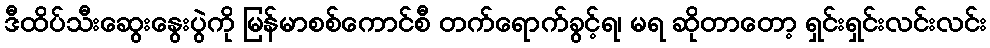
ဒီထိပ်သီးဆွေးနွေးပွဲကို မြန်မာစစ်ကောင်စီ တက်ရောက်ခွင့်ရ၊ မရ ဆိုတာတော့ ရှင်းရှင်းလင်းလင်း